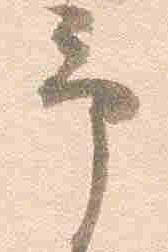
予